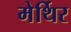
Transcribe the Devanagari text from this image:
मेर्थिर